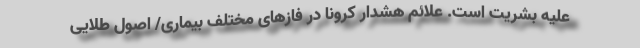
علیه بشریت است. علائم هشدار کرونا در فازهای مختلف بیماری/ اصول طلایی